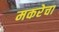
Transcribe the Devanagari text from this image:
मकरेचा